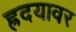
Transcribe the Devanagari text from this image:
ह्रदयावर